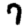
Digit: 7